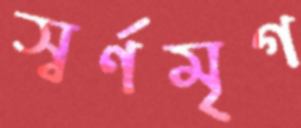
স্বর্ণমৃগ